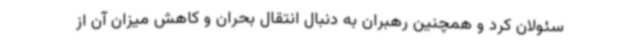
سئولان کرد و همچنین رهبران به دنبال انتقال بحران و کاهش میزان آن از